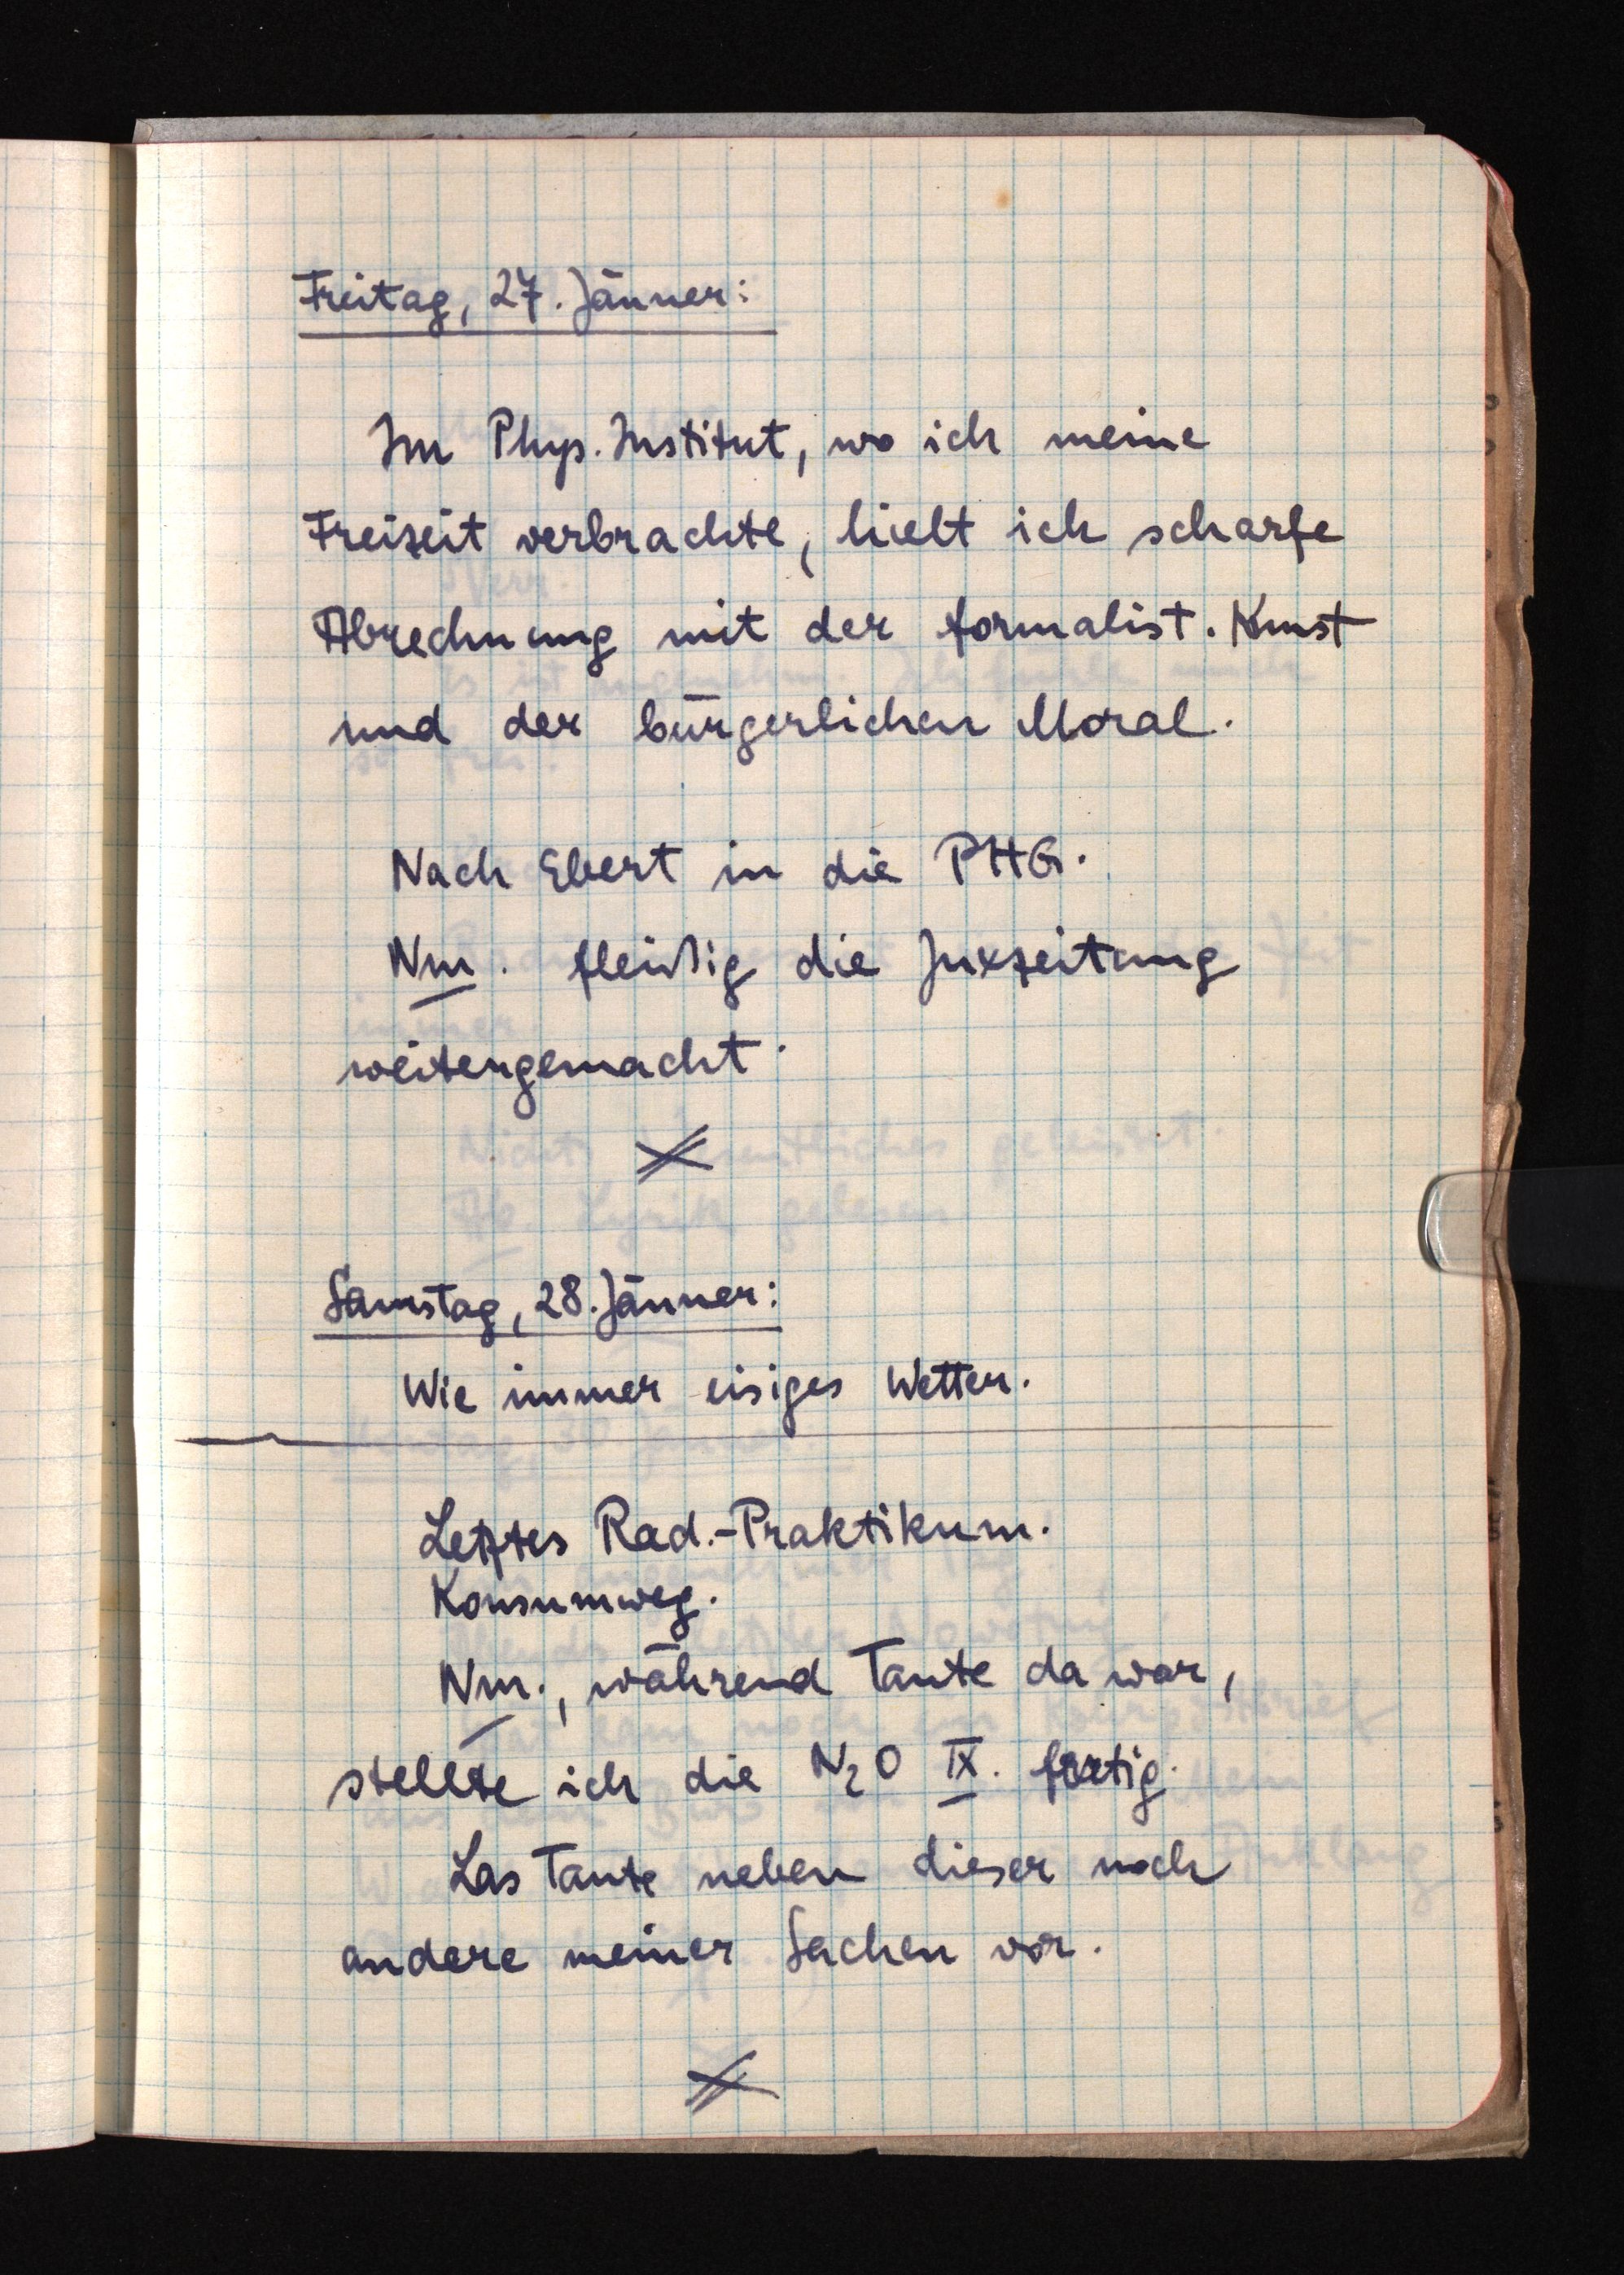
Freitag, 27. Jänner:
Im Phys. Institut, wo ich meine
Freizeit verbrachte, hielt ich scharfe
Abrechnung mit der formalist. Kunst
und der bürgerlichen Moral.
Nach Ebert in die PHG.
Nm. fleißig die Juxzeitung
weitergemacht.
Samstag, 28. Jänner:
Wie immer eisiges Wetter.
Letztes Rad.-Praktikum.
Konsumweg.
Nm., während Tante da war,
stellte ich die N2O IX. fertig.
Las Tante neben dieser noch
andere meiner Sachen vor.